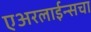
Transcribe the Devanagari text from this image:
एअरलाईन्सचा